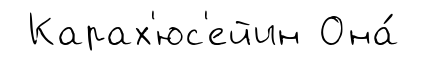
Карах'юс'ейин Она́